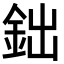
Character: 鈯